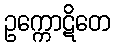
ဥက္ကောဋိတေ